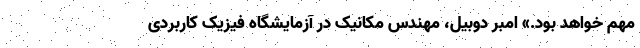
مهم خواهد بود.» امبر دوبیل، مهندس مکانیک در آزمایشگاه فیزیک کاربردی